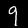
Digit: 9